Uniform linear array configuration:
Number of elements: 8
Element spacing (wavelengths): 1
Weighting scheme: kaiser
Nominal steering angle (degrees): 60
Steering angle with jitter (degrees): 61.68
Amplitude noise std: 0.05
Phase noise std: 0.05

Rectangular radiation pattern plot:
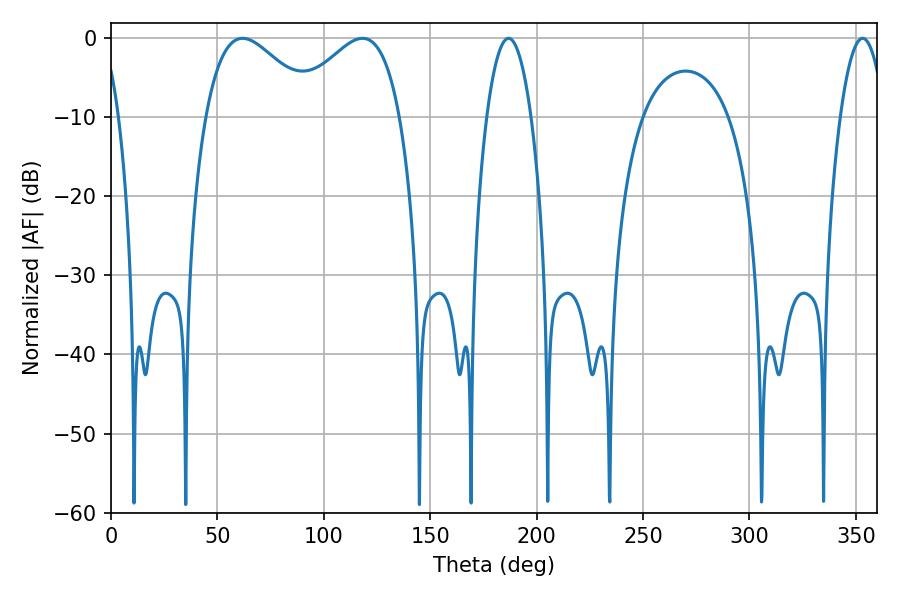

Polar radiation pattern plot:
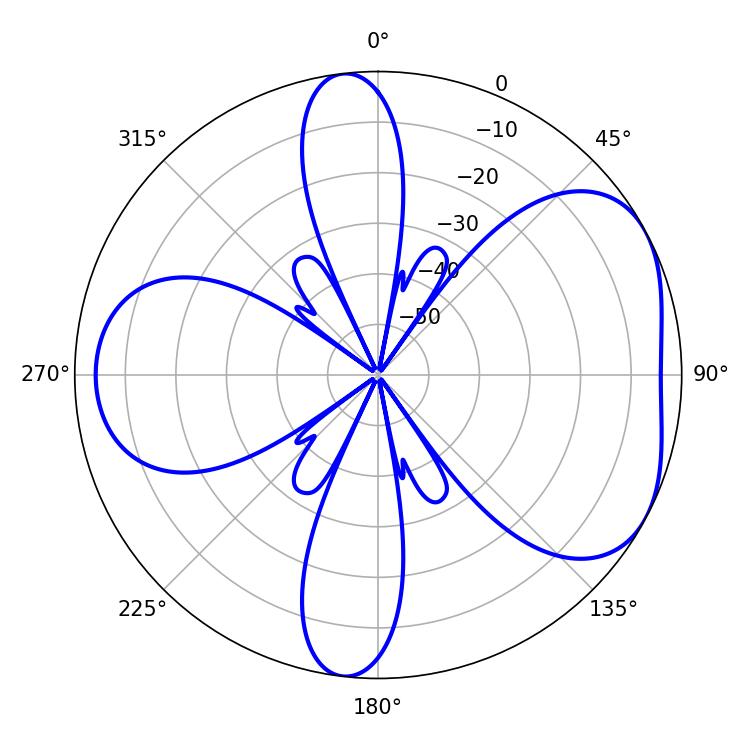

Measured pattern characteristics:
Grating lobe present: TRUE
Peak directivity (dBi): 4.869
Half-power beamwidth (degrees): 11.52
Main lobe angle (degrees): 186.84